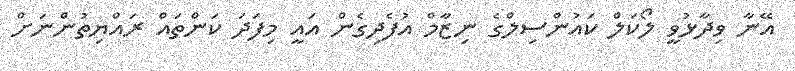
އޭނާ ވިދާޅުވީ ލޯކަލް ކައުންސިލްގެ ނިޒާމް އުފެދިގެން އައީ މިފަދަ ކަންތައް ރައްޔިތުންނަށް